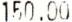
150.00